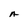
Character: A